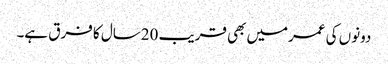
دونوں کی عمرمیں بھی قریب 20سال کا فرق ہے۔